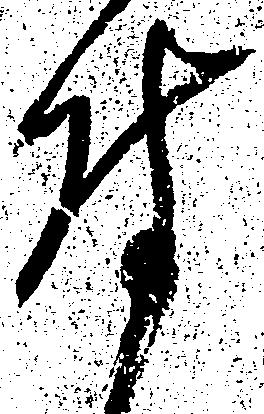
付